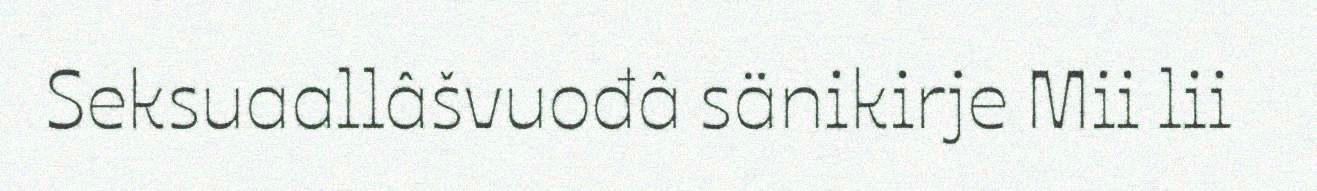
Seksuaallâšvuođâ sänikirje Mii lii